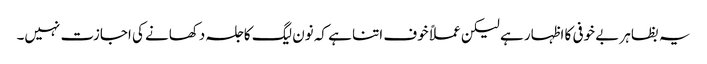
یہ بظاہر بے خوفی کا اظہار ہے لیکن عملاً خوف اتنا ہے کہ نون لیگ کا جلسہ دکھانے کی اجازت نہیں۔